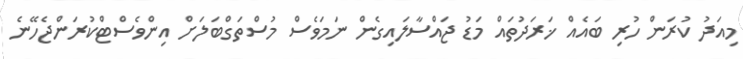
މިއަދު ކުރަން ހުރި ބައެއް ޚަރަދުތައް މަޑު ޖައްސާލައިގެން ނަމަވެސް މުސްތަގްބަލަށް އިންވެސްޓްކުރަންޖެހޭނެ